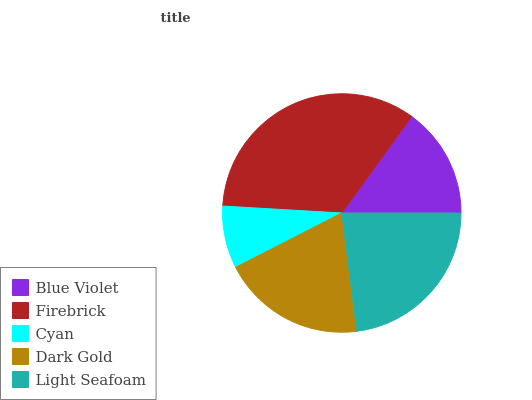
| Blue Violet | Firebrick | Cyan | Dark Gold | Light Seafoam |
 | --- | --- | --- | --- | --- |
 | 15% | 34.1% | 8.46% | 19.4% | 22.9% |